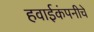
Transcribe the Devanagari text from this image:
हवाईकंपनीचे